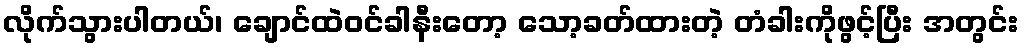
လိုက်သွားပါတယ်၊ ချောင်ထဲဝင်ခါနီးတော့ သော့ခတ်ထားတဲ့ တံခါးကိုဖွင့်ပြီး အတွင်း